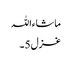
ماشاءاللہ
غزل 5۔